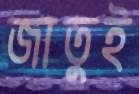
জাতুই